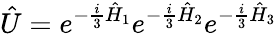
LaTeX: \hat{U}=e^{-\frac{i}{3}\hat{H}_{1}}e^{-\frac{i}{3}\hat{H}_{2}}e^{-\frac{i}{3}\hat{H}_{3}}